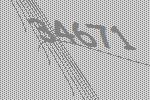
34671